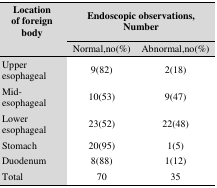
| Location of foreign body | <COLSPAN=2> Endoscopic observations, Number |
 |  | Normal,no(%) | Abnormal,no(%) |
 | --- | --- | --- |
 | Upper esophageal | 9(82) | 2(18) |
 | Mid-esophageal | 10(53) | 9(47) |
 | Lower esophageal | 23(52) | 22(48) |
 | Stomach | 20(95) | 1(5) |
 | Duodenum | 8(88) | 1(12) |
 | Total | 70 | 35 |